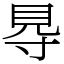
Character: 䙷